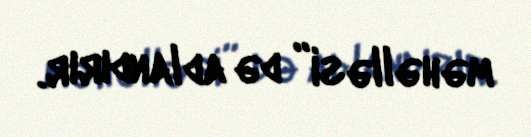
məhəlləsi” də adlandırır.